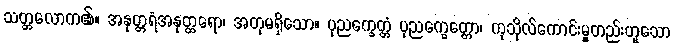
သတ္တလောက၏။ အနုတ္တရံအနုတ္တရော၊ အတုမရှိသော။ ပုညက္ခေတ္တံ ပုညက္ခေတ္တော၊ ကုသိုလ်ကောင်းမှုတည်းဟူသော